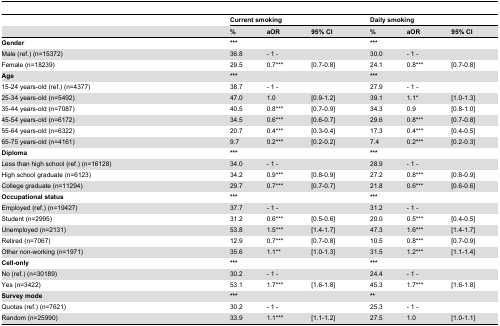
<table><thead><tr><td></td><td colspan="3"><b>Current smoking</b></td><td colspan="3"><b>Daily smoking</b></td></tr><tr><td></td><td><b>%</b></td><td><b>aOR</b></td><td><b>95% CI</b></td><td><b>%</b></td><td><b>aOR</b></td><td><b>95% CI</b></td></tr></thead><tbody><tr><td><b>Gender</b></td><td><b>***</b></td><td></td><td></td><td><b>***</b></td><td></td><td></td></tr><tr><td> Male (ref.) (n=15372)</td><td>36.8</td><td>- 1 -</td><td></td><td>30.0</td><td>- 1 -</td><td></td></tr><tr><td> Female (n=18239)</td><td>29.5</td><td>0.7***</td><td>[0.7-0.8]</td><td>24.1</td><td>0.8***</td><td>[0.7-0.8]</td></tr><tr><td><b>Age</b></td><td><b>***</b></td><td></td><td></td><td><b>***</b></td><td></td><td></td></tr><tr><td> 15-24 years-old (ref.) (n=4377)</td><td>38.7</td><td>- 1 -</td><td></td><td>27.9</td><td>- 1 -</td><td></td></tr><tr><td> 25-34 years-old (n=5492)</td><td>47.0</td><td>1.0</td><td>[0.9-1.2]</td><td>39.1</td><td>1.1*</td><td>[1.0-1.3]</td></tr><tr><td> 35-44 years-old (n=7087)</td><td>40.5</td><td>0.8***</td><td>[0.7-0.9]</td><td>34.3</td><td>0.9</td><td>[0.8-1.0]</td></tr><tr><td> 45-54 years-old (n=6172)</td><td>34.5</td><td>0.6***</td><td>[0.6-0.7]</td><td>29.6</td><td>0.8***</td><td>[0.7-0.8]</td></tr><tr><td> 55-64 years-old (n=6322)</td><td>20.7</td><td>0.4***</td><td>[0.3-0.4]</td><td>17.3</td><td>0.4***</td><td>[0.4-0.5]</td></tr><tr><td> 65-75 years-old (n=4161)</td><td>9.7</td><td>0.2***</td><td>[0.2-0.2]</td><td>7.4</td><td>0.2***</td><td>[0.2-0.3]</td></tr><tr><td><b>Diploma</b></td><td><b>***</b></td><td></td><td></td><td><b>***</b></td><td></td><td></td></tr><tr><td> Less than high school (ref.) (n=16128)</td><td>34.0</td><td>- 1 -</td><td></td><td>28.9</td><td>- 1 -</td><td></td></tr><tr><td> High school graduate (n=6123)</td><td>34.2</td><td>0.9***</td><td>[0.8-0.9]</td><td>27.2</td><td>0.8***</td><td>[0.8-0.9]</td></tr><tr><td> College graduate (n=11294)</td><td>29.7</td><td>0.7***</td><td>[0.7-0.7]</td><td>21.8</td><td>0.6***</td><td>[0.6-0.6]</td></tr><tr><td><b>Occupational status</b></td><td><b>***</b></td><td></td><td></td><td><b>***</b></td><td></td><td></td></tr><tr><td> Employed (ref.) (n=19427)</td><td>37.7</td><td>- 1 -</td><td></td><td>31.2</td><td>- 1 -</td><td></td></tr><tr><td> Student (n=2995)</td><td>31.2</td><td>0.6***</td><td>[0.5-0.6]</td><td>20.0</td><td>0.5***</td><td>[0.4-0.5]</td></tr><tr><td> Unemployed (n=2131)</td><td>53.8</td><td>1.5***</td><td>[1.4-1.7]</td><td>47.3</td><td>1.6***</td><td>[1.4-1.7]</td></tr><tr><td> Retired (n=7067)</td><td>12.9</td><td>0.7***</td><td>[0.7-0.8]</td><td>10.5</td><td>0.8***</td><td>[0.7-0.9]</td></tr><tr><td> Other non-working (n=1971)</td><td>35.6</td><td>1.1**</td><td>[1.0-1.3]</td><td>31.5</td><td>1.2***</td><td>[1.1-1.4]</td></tr><tr><td><b>Cell-only</b></td><td><b>***</b></td><td></td><td></td><td><b>***</b></td><td></td><td></td></tr><tr><td> No (ref.) (n=30189)</td><td>30.2</td><td>- 1 -</td><td></td><td>24.4</td><td>- 1 -</td><td></td></tr><tr><td> Yes (n=3422)</td><td>53.1</td><td>1.7***</td><td>[1.6-1.8]</td><td>45.3</td><td>1.7***</td><td>[1.6-1.8]</td></tr><tr><td><b>Survey mode</b></td><td><b>***</b></td><td></td><td></td><td><b>**</b></td><td></td><td></td></tr><tr><td> Quotas (ref.) (n=7621)</td><td>30.2</td><td>- 1 -</td><td></td><td>25.3</td><td>- 1 -</td><td></td></tr><tr><td> Random (n=25990)</td><td>33.9</td><td>1.1***</td><td>[1.1-1.2]</td><td>27.5</td><td>1.0</td><td>[1.0-1.1]</td></tr></tbody></table>